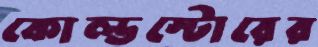
কোল্ডস্টোরের